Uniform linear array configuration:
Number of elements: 16
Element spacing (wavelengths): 0.5
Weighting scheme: uniform
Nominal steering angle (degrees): -45
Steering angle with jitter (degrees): -44.669
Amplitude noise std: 0.05
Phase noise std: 0.05

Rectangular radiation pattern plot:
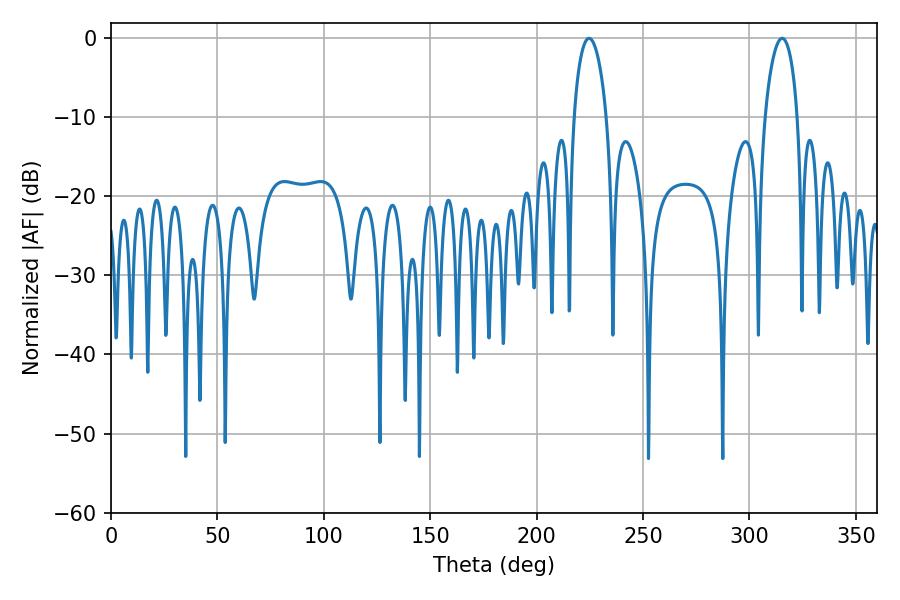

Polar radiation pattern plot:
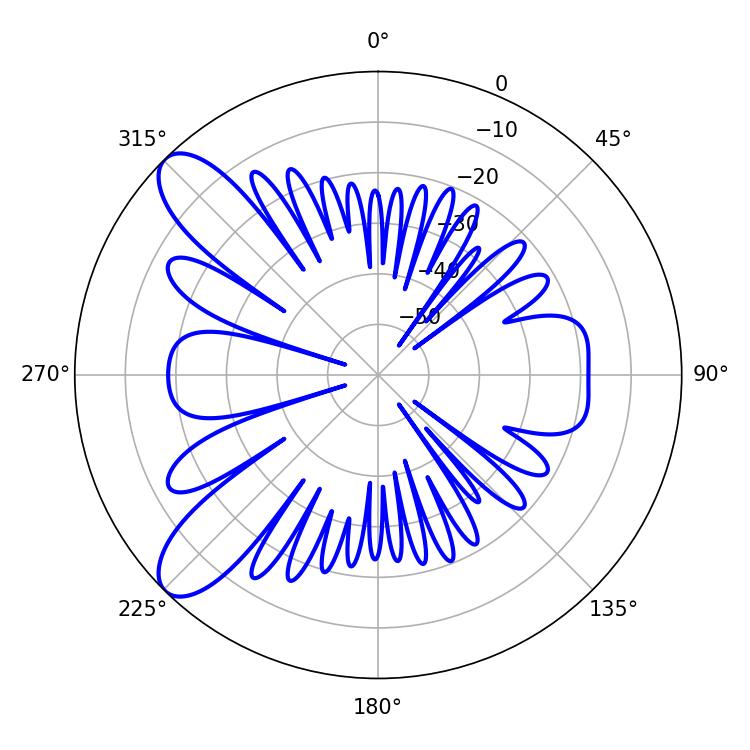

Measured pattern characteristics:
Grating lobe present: FALSE
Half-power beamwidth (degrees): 8.64
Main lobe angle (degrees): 224.64